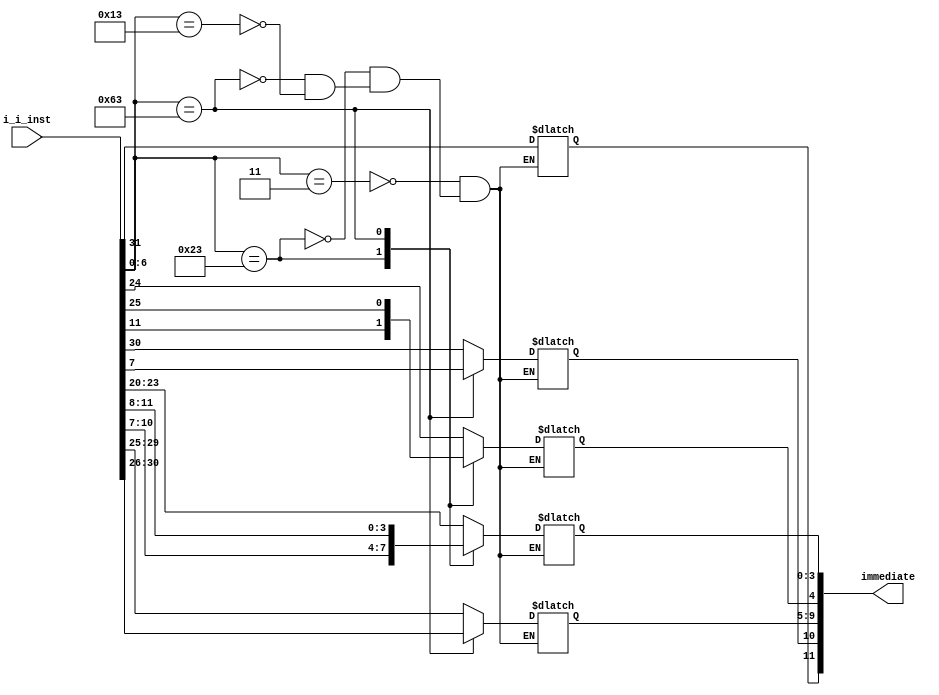
module Imm_Gen #(
    parameter DATA_W = 12
) (
    input [31:0] i_i_inst,
    output [DATA_W-1:0] immediate
);

reg [DATA_W-1:0] imm;

assign immediate = imm;

always @(*) begin
    case(i_i_inst[6:0])
            7'b0000011:     // ld
            begin 
                imm                     = i_i_inst[31:20];
            end
            7'b0100011:     // sd
            begin 
                imm[4:0]                = i_i_inst[11:7];
                imm[11:5]               = i_i_inst[31:25];
            end
            7'b1100011:     // branch
            begin 
                {imm[3:0], imm[10]}     = i_i_inst[11:7];
                {imm[11], imm[9:4]}     = i_i_inst[31:25];
            end
            7'b0010011:     // RI
            begin
                imm                     = i_i_inst[31:20];
            end
        endcase 
end
    
endmodule